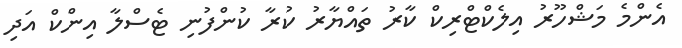
އެންމެ މަޝްހޫރު އިލެކްޓްރިކް ކާރު ތައްޔާރު ކުރާ ކުންފުނި ޓެސްލާ އިންކް އަދި